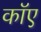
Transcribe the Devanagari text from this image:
काॅए